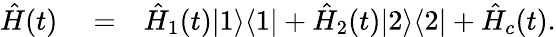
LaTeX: \begin{array}{rlr}{\hat{H}(t)}&{{}=}&{\hat{H}_{1}(t)|1\rangle\langle 1|+\hat{H}_{2}(t)|2\rangle\langle 2|+\hat{H}_{c}(t).}\end{array}